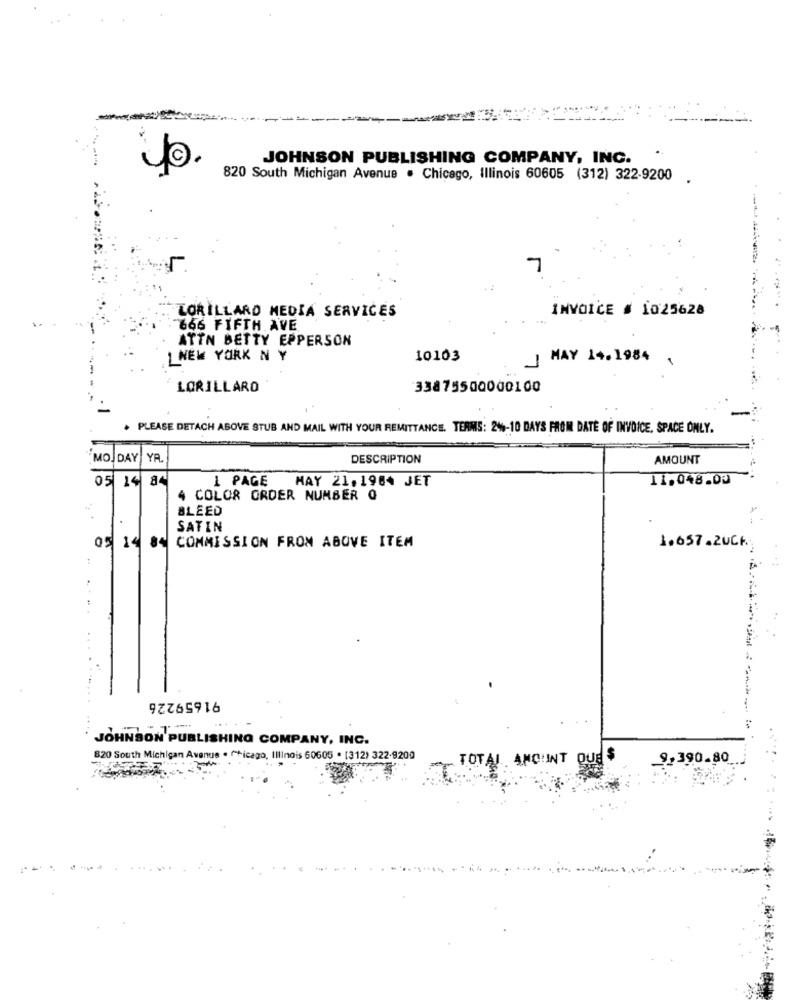
JOHNSON PUBLISHING COMPANY, INC.
820 South Michigan Avenue . Chicago, Illinois 60605 (312) 322-9200 .
7
INVOICE # 1025628
LORILLARD MEDIA SERVICES
666 FIFTH AVE
ATTN BETTY EPPERSON
1NEW YORK N Y
10103
JMAY 14.1984
LORILLARD
33875500000100
-
. PLEASE DETACH ABOVE STUB AND MAIL WITH YOUR REMITTANCE. TERMS: 2%-10 DAYS FROM DATE OF INVOICE, SPACE ONLY.
MOJ DAY YR.
DESCRIPTION
AMOUNT
05 14 84
1 PAGE MAY 21.1984 JET
11.048.00
4 COLOR ORDER NUMBER Q
BLEED
SATIN
1.657 .ZUCK.
05 14 84
COMMISSION FROM ABOVE ITEM
91659226
JOHNSON PUBLISHING COMPANY, INC.
820 South Michigan Avenue . Chicago, Illinois 60605 . [312) 322-9200
9,390.80
TOTAL ANO INT QUES